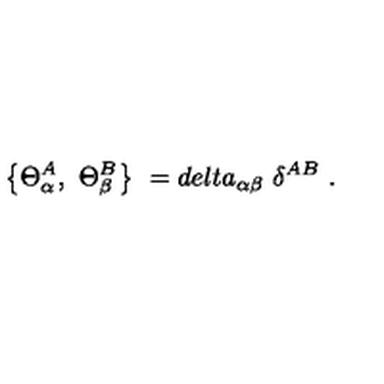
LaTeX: \left\{ \Theta _ { \alpha } ^ { A } , \ \Theta _ { \beta } ^ { B } \right\} \ = d e l t a _ { \alpha \beta } \ \delta ^ { A B } \ .